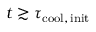
t \gtrsim \tau _ { \mathrm { c o o l , \, i n i t } }